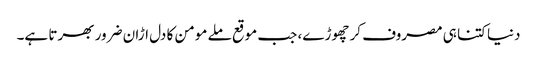
دنیا کتنا ہی مصروف کر چھوڑے، جب موقع ملے مومن کا دل اڑان ضرور بھرتا ہے۔